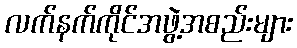
လက်နက်ကိုင်အဖွဲ့အစည်းများ